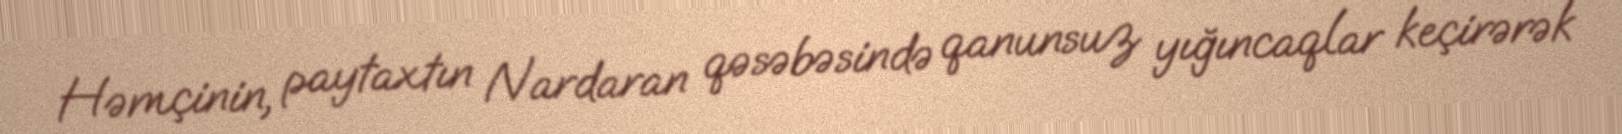
Həmçinin, paytaxtın Nardaran qəsəbəsində qanunsuz yığıncaqlar keçirərək